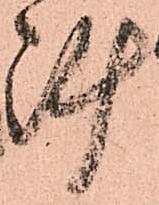
陣